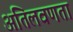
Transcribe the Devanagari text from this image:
अतिलवणता